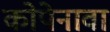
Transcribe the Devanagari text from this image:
कोपेनावा